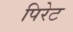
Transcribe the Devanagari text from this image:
पिरेट